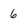
Character: 6